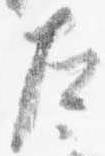
左